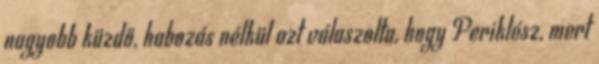
nagyobb küzdő, habozás nélkül azt válaszolta, hogy Periklész, mert